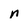
Character: n